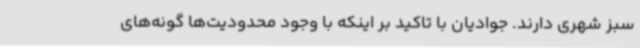
سبز شهری دارند. جوادیان با تاکید بر اینکه با وجود محدودیت‌ها گونه‌های